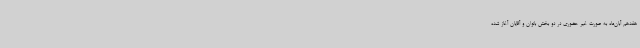
هفدهم آبان‌ماه به صورت غیر حضوری در دو بخش بانوان و آقایان آغاز شده